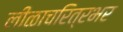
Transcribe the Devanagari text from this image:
लीळाचरित्रभर